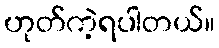
ဟုတ်ကဲ့ရပါတယ်။